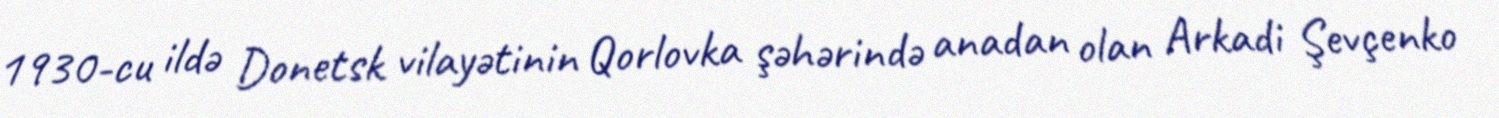
1930-cu ildə Donetsk vilayətinin Qorlovka şəhərində anadan olan Arkadi Şevçenko